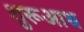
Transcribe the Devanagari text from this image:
शुरूआथ